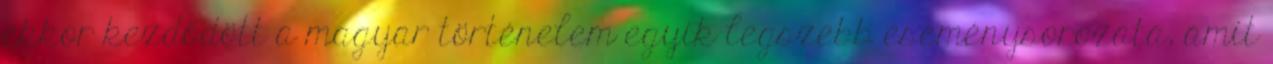
ekkor kezdődött a magyar történelem egyik legszebb eseménysorozata, amit